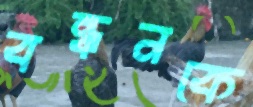
বন্ধনকে